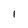
Character: l